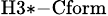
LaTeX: _\mathrm{H3*-Cform}